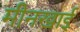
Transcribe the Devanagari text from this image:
मीनखाई